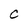
Character: C